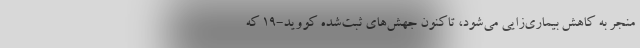
منجر به کاهش بیماری‌زایی می‌شود، تاکنون جهش‌های ثبت‌شده کووید-۱۹ که